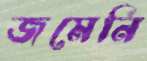
জমেনি